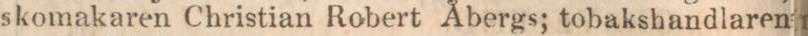
skomakaren Christian Robert Åbergs; tobakshandlaren